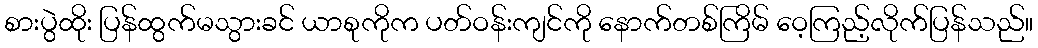
စားပွဲထိုး ပြန်ထွက်မသွားခင် ယာစုကိုက ပတ်ဝန်းကျင်ကို နောက်တစ်ကြိမ် ဝေ့ကြည့်လိုက်ပြန်သည်။